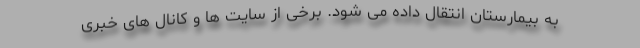
به بیمارستان انتقال داده می شود. برخی از سایت ها و کانال های خبری